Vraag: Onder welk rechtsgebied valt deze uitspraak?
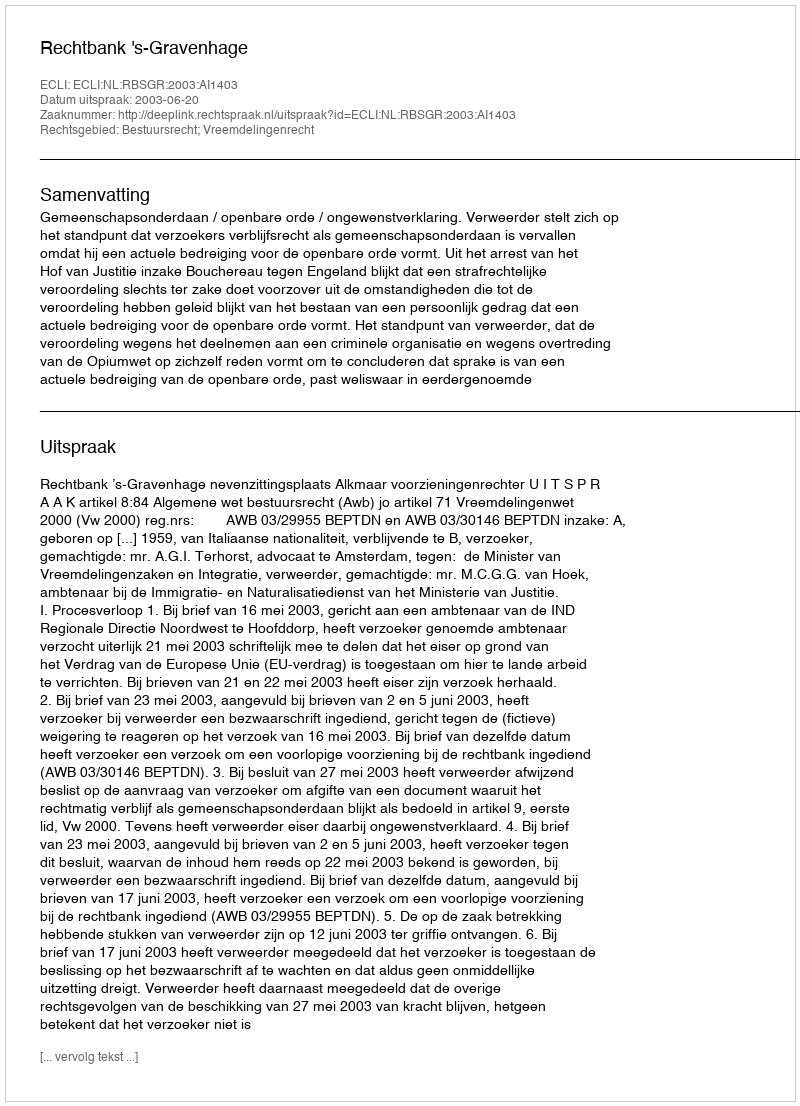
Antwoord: Bestuursrecht; Vreemdelingenrecht